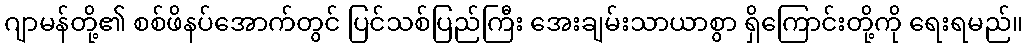
ဂျာမန်တို့၏ စစ်ဖိနပ်အောက်တွင် ပြင်သစ်ပြည်ကြီး အေးချမ်းသာယာစွာ ရှိကြောင်းတို့ကို ရေးရမည်။